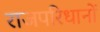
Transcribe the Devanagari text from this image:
राजपरिधानों